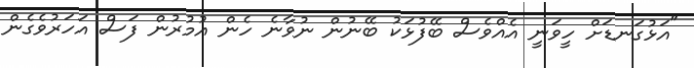
"އަޅުގަނޑަށް ހީވަނީ އެއްވެސް ބޭފުޅަކު ބޭނުން ނުވާނެ ހެން އުމުރުން ފަސް އަހަރުވެގެން